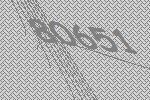
80651